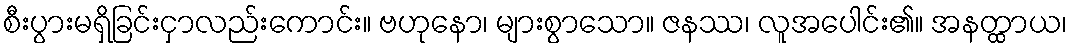
စီးပွားမရှိခြင်းငှာလည်းကောင်း။ ဗဟုနော၊ များစွာသော။ ဇနဿ၊ လူအပေါင်း၏။ အနတ္ထာယ၊